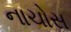
નાચોસ